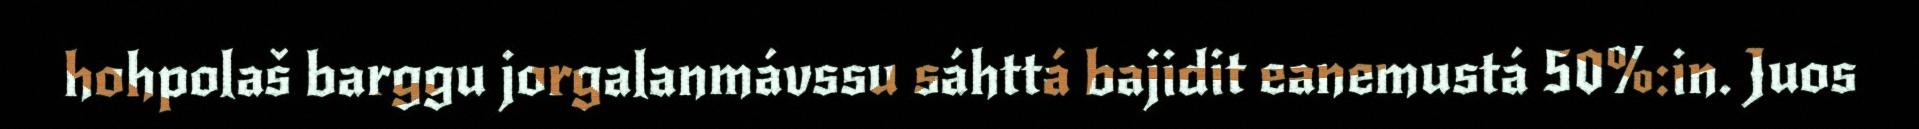
hohpolaš barggu jorgalanmávssu sáhttá bajidit eanemustá 50%:in. Juos